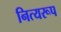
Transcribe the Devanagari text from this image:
नित्यरूप